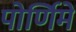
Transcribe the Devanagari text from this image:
पोर्णिमे